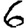
Digit: 6